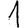
Digit: 1